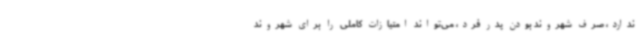
ندارد، صرف شهروند بودن پدر فرد، می‌تواند امتیازات کاملی را برای شهروند